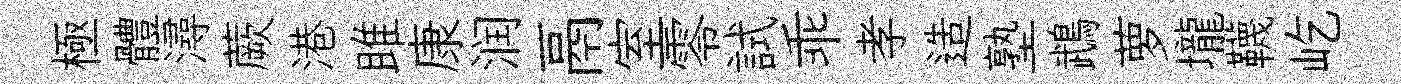
極體潯蕨港雎康润鬲室零試乖孝造塾鵡萝壠韈屹